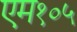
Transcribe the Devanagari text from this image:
एम१०५